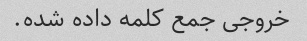
خروجی جمع کلمه داده شده.